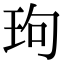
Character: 玽